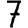
Digit: 7